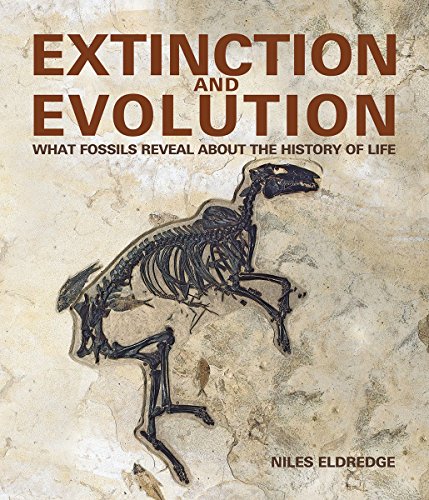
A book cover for Extinction and Evolution: What Fossils Reveal About the History of Life; Niles Eldredge; Science & Math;